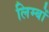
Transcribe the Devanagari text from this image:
लिम्बों